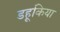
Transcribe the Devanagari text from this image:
डहूकिया